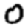
Digit: 0